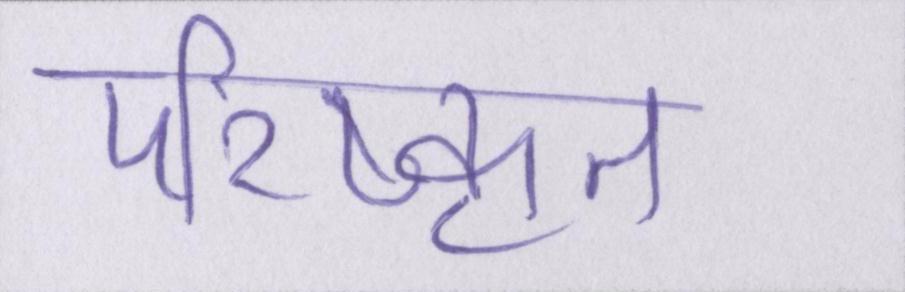
परिष्कृत